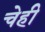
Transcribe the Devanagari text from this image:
चेही